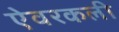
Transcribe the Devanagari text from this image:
ऐवरकली